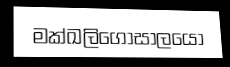
මක්ඛලිගෝසාලයෝ